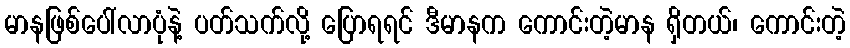
မာနဖြစ်ပေါ်လာပုံနဲ့ ပတ်သက်လို့ ပြောရရင် ဒီမာနက ကောင်းတဲ့မာန ရှိတယ်၊ ကောင်းတဲ့